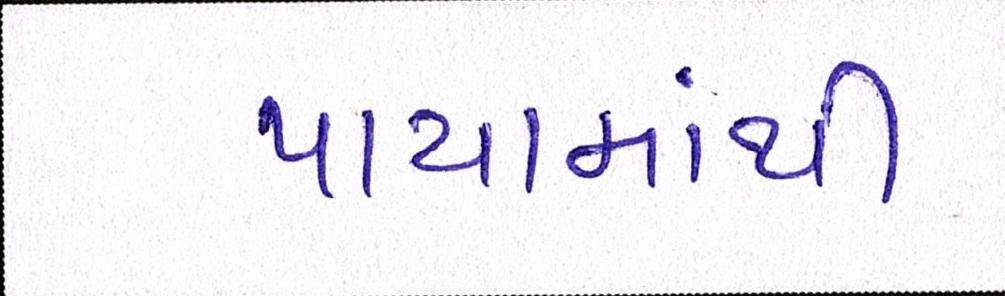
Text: પાયામાંથી